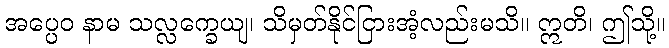
အပ္ပေဝ နာမ သလ္လက္ခေယျ၊ သိမှတ်နိုင်ငြားအံ့လည်းမသိ။ ဣတိ၊ ဤသို့။